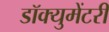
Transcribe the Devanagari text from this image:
डॉक्‍युमेंटरी